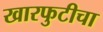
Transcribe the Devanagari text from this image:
खारफुटीचा